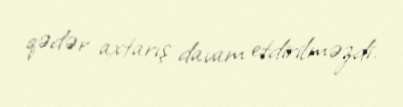
qədər axtarış davam etdirilməzdi.